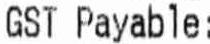
GST PAYABLE: